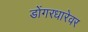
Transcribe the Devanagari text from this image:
डोंगरधारेवर